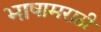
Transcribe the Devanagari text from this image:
भाषामराठी